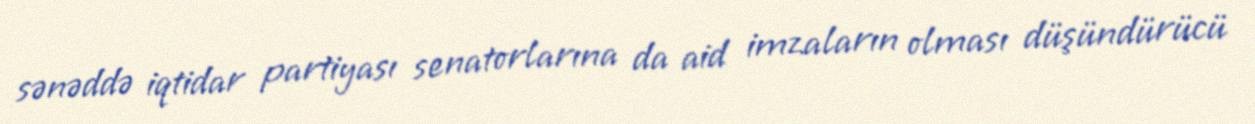
sənəddə iqtidar partiyası senatorlarına da aid imzaların olması düşündürücü